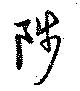
陟